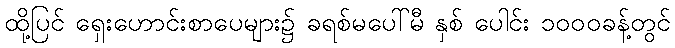
ထို့ပြင် ရှေးဟောင်းစာပေများ၌ ခရစ်မပေါ်မီ နှစ် ပေါင်း ၁၀၀၀ခန့်တွင်